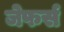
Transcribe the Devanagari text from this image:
जेफर्स